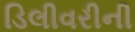
ડિલીવરીની